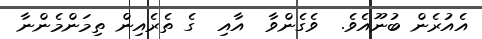
އެއުރެން ބުނޫއެވެ.  ވެގެންވާ  އާއި  ގެ ތެރެއިން ތިމަންމެންނާ